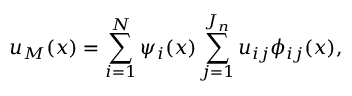
u _ { M } ( \boldsymbol { x } ) = \sum _ { i = 1 } ^ { N } \psi _ { i } ( \boldsymbol { x } ) \sum _ { j = 1 } ^ { J _ { n } } u _ { i j } \phi _ { i j } ( \boldsymbol { x } ) ,